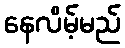
နေလိမ့်မည်